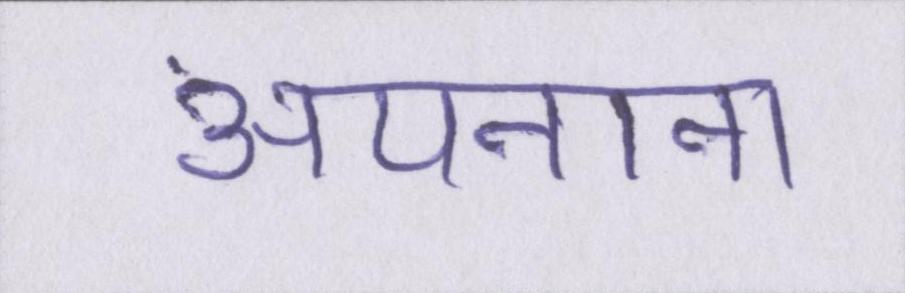
अपनाना